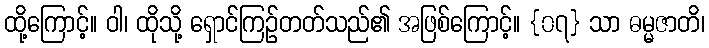
ထို့ကြောင့်။ ဝါ၊ ထိုသို့ ရှောင်ကြဉ်တတ်သည်၏ အဖြစ်ကြောင့်။ {၀၇} သာ ဓမ္မဇာတိ၊